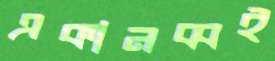
একানব্বই